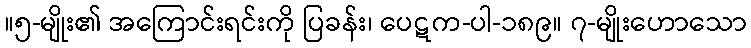
။၅-မျိုး၏ အကြောင်းရင်းကို ပြခန်း၊ ပေဋက-ပါ-၁၈၉။ ၇-မျိုးဟောသော